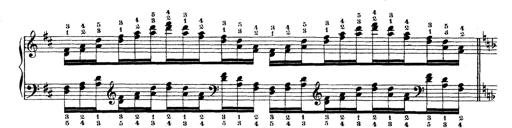
Title: Technische Studien
Composer: Franz Liszt